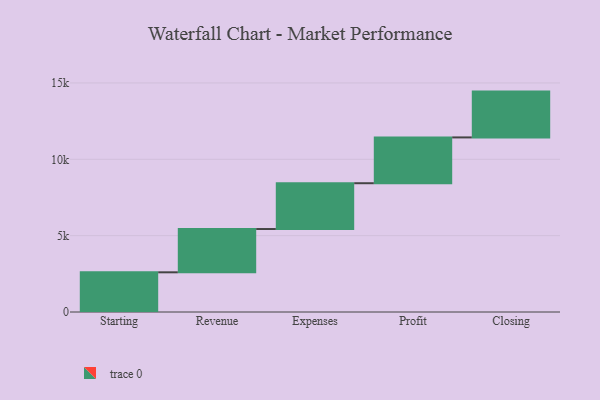
{"axis": {"x": "Step", "y": "Value"}, "legend": [""], "data": [{"x": "Starting", "y": 2599.0, "type": ""}, {"x": "Revenue", "y": 2835.0, "type": ""}, {"x": "Expenses", "y": 3000, "type": ""}, {"x": "Profit", "y": 3000, "type": ""}, {"x": "Closing", "y": 3000, "type": ""}]}